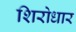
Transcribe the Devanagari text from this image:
शिरोधार